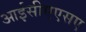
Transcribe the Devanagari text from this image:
आईसीएएसए